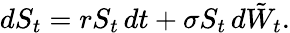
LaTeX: dS_{t}=rS_{t}\, dt+\sigma S_{t}\, d{\tilde{W}}_{t}.